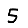
Digit: 5